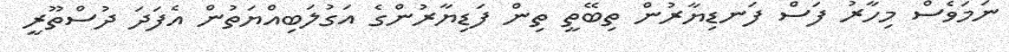
ނަމަވެސް މިހާރު ފަސް ފަނޑިޔާރުން ތިބޭތީ ތިން ފަޑިޔާރުންގެ އަގުލަބިއްޔަތުން އެފަދަ ދުސްތޫރީ